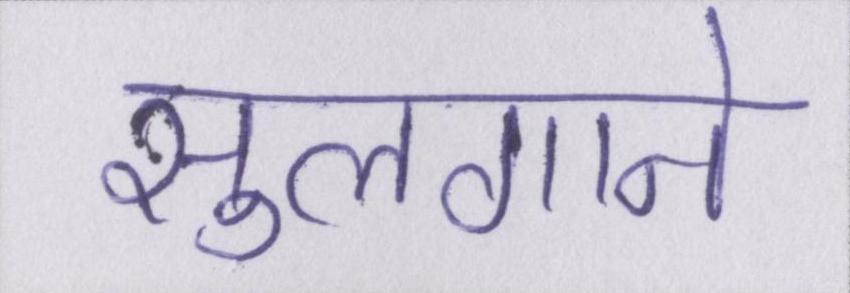
सुलगाने